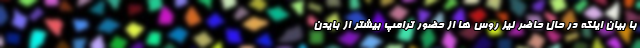
با بیان اینکه در حال حاضر نیز روس ها از حضور ترامپ بیشتر از بایدن